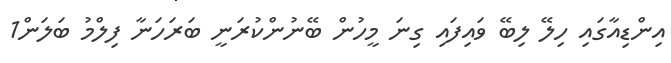
އިންޑިއާގައި ހިލޭ ލިބޭ ވައިފައި ގިނަ މީހުން ބޭނުންކުރަނީ ބަރަހަނާ ފިލްމު ބަލަން1